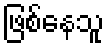
ဖြစ်နေသူ